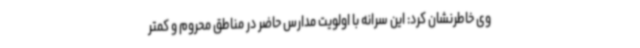
وی خاطرنشان کرد: این سرانه با اولویت مدارس حاضر در مناطق محروم و کمتر